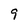
Character: 9